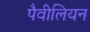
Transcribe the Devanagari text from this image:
पैवीलियन